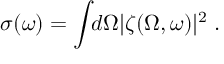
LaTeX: \sigma ( \omega ) = \int \! \! d \Omega | \zeta ( \Omega , \omega ) | ^ { 2 } \; .